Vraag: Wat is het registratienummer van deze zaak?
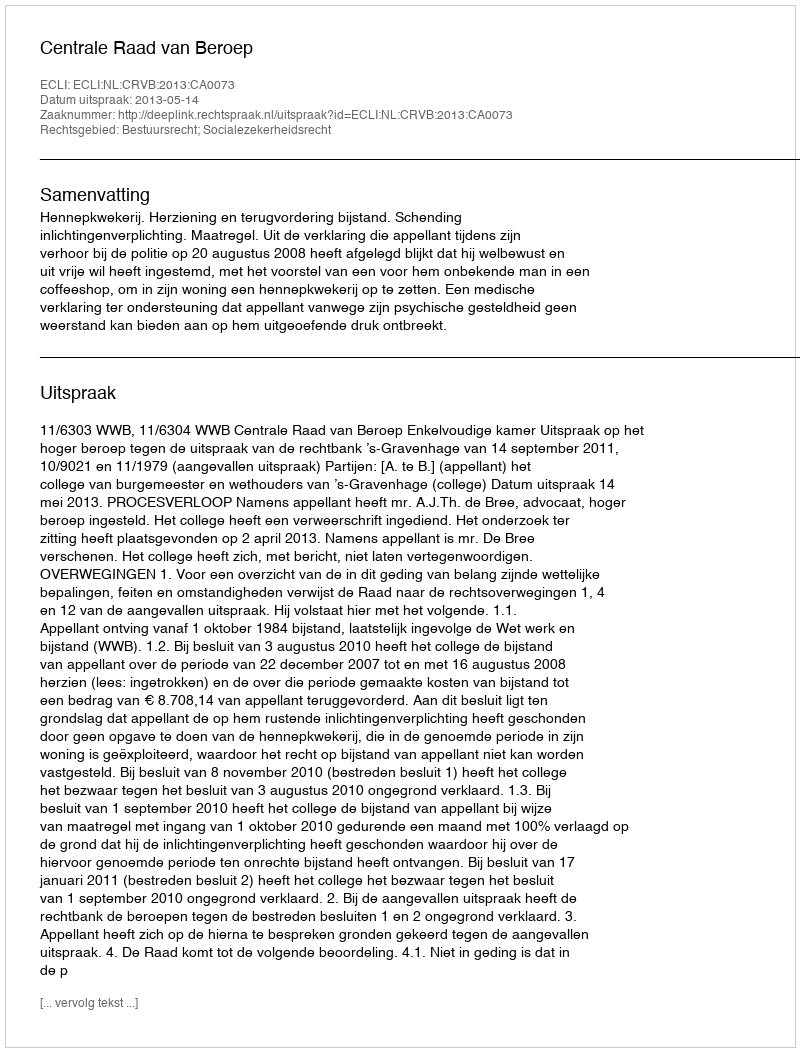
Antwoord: http://deeplink.rechtspraak.nl/uitspraak?id=ECLI:NL:CRVB:2013:CA0073